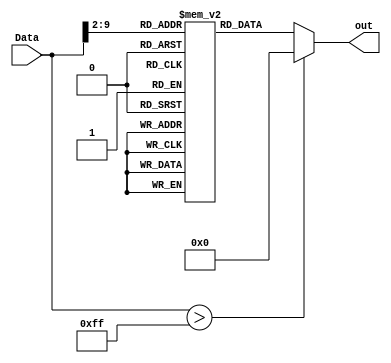
module insMemory(out,Data);
  output reg [31:0]out;
  input [31:0]Data;
  reg [31:0]ins_address;// added for converting word address to ins address
  reg [31:0] imem [255:0];
  initial
  begin
    
    imem[0] = 32'b00000010010100001000100000100110; //xor $S1,$S2,$S0
    imem[1] = 32'b00000010001100100100000000100000; //add $t0,$S1,$S2
    imem[2] = 32'b00000010010100001000100000100010; //sub $S1,$S2,$S0
    imem[3] = 32'b00000010010100001000100000100100; //and $S1,$S2,$S0
    imem[4] = 32'b00100000000100001111111111111000; //addi $S0,$zero,-8 *teacher suggestion*
    imem[5] = 32'h20110008;                         //addi $S1,$zero,8  *teacher suggestion*
    imem[6] = 32'h02119020;                         //add $S2,$S0,$S1   *teacher suggestion*
    imem[7] = 32'h1240fffc;                         //beq $S2,$zero,-4  *teacher suggestion*
                                                    //(this goes back to imem[1])
    
    //some registers are initialized at insMemory.v for testing.other registers are zero
    //$t0=0  $S0=1  $S1=4  $S2=2
    
  end
  always
  begin
    #10
    if(Data>255) out=0;
    else 
      begin
        ins_address = Data>>2;
        out=imem[ins_address];
      end
  end
    
endmodule